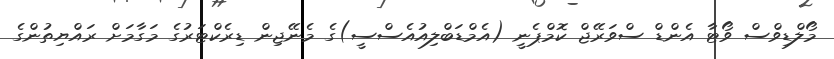
މޯލްޑިވްސް ވޯޓާ އެންޑް ސްވަރޭޖް ކޮމްޕެނީ (އެމްޑަބްލިއުއެސްސީ)ގެ މެނޭޖިން ޑިރެކްޓަރުގެ މަގާމަށް ރައްޔިތުންގެ